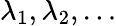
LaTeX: \lambda_{1},\lambda_{2},\ldots